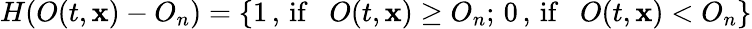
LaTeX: H(O(t,\mathbf{x})-O_{n})=\left\{ 1\, ,\, \textup{if\, \, }O(t,\mathbf{x})\geq O_{n};\, 0\, ,\, \textup{if\, \, }O(t,\mathbf{x})<O_{n}\right\}